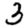
Digit: 3